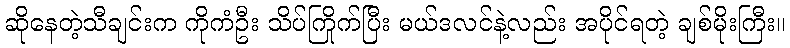
ဆိုနေတဲ့သီချင်းက ကိုကံဦး သိပ်ကြိုက်ပြီး မယ်ဒလင်နဲ့လည်း အပိုင်ရတဲ့ ချစ်မိုးကြီး။